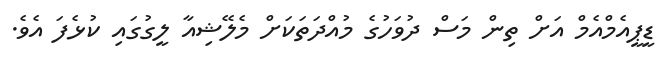
ޑީޕީއެމްއެމް އަށް ތިން މަސް ދުވަހުގެ މުއްދަތަކަށް މެލޭޝިއާ ލީގުގައި ކުޅެފަ އެވެ.